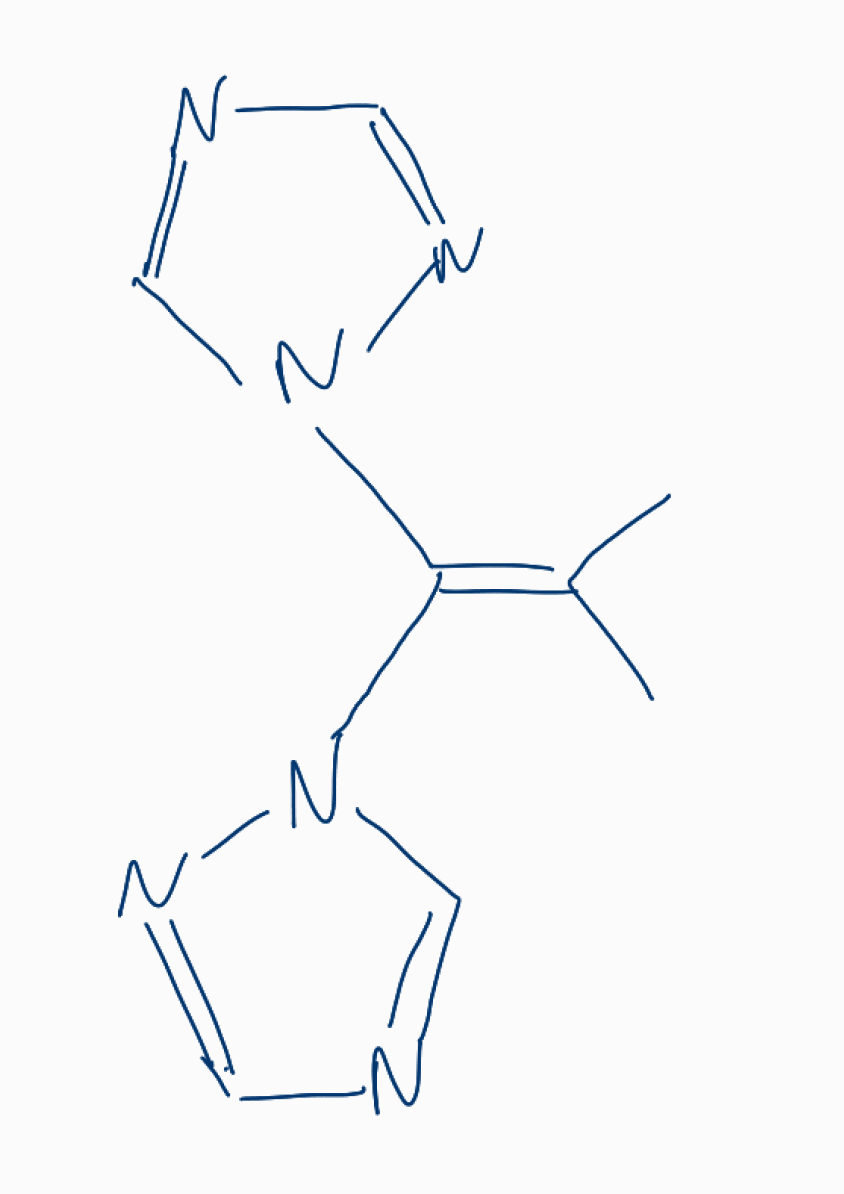
Simplified molecular-input line-entry system (SMILES) notation of the given molecule:
CC(=C(N1C=NC=N1)N2C=NC=N2)C